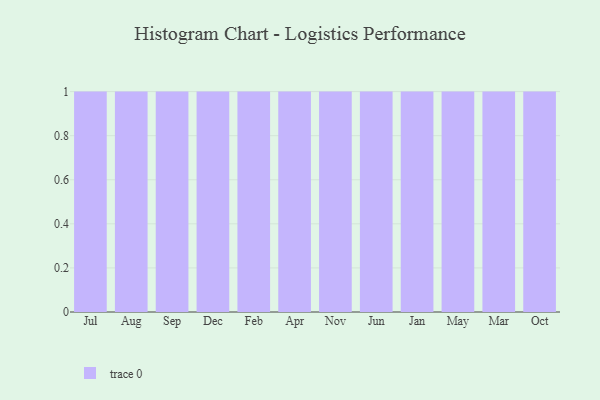
{"axis": {"x": "Month", "y": "Backlog"}, "legend": [""], "data": [{"x": "Jul", "y": 83, "type": ""}, {"x": "Aug", "y": 10, "type": ""}, {"x": "Sep", "y": 13, "type": ""}, {"x": "Dec", "y": 93, "type": ""}, {"x": "Feb", "y": 8, "type": ""}, {"x": "Apr", "y": 82, "type": ""}, {"x": "Nov", "y": 96, "type": ""}, {"x": "Jun", "y": 41, "type": ""}, {"x": "Jan", "y": 96, "type": ""}, {"x": "May", "y": 80, "type": ""}, {"x": "Mar", "y": 46, "type": ""}, {"x": "Oct", "y": 32, "type": ""}]}